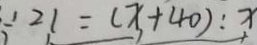
2 1 = ( x + 4 0 ) : x